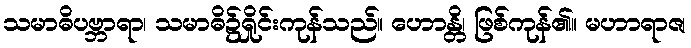
သမာဓိပဗ္ဘာရာ၊ သမာဓိ၌ရှိုင်းကုန်သည်။ ဟောန္တိ၊ ဖြစ်ကုန်၏။ မဟာရာဇ၊